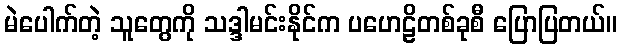
မဲပေါက်တဲ့ သူတွေကို သဒ္ဒါမင်းနိုင်က ပဟေဠိတစ်ခုစီ ပြောပြတယ်။